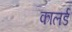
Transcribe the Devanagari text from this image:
कालर्ड